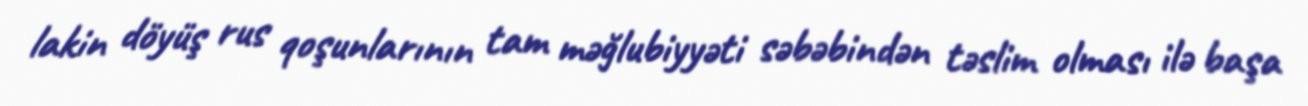
lakin döyüş rus qoşunlarının tam məğlubiyyəti səbəbindən təslim olması ilə başa